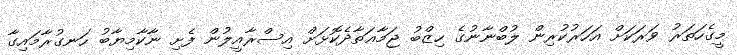
މީގެހަތަރު ވަރަކަށް އަހަރުކުރިން ލުބްނާނުގެ ހިޒްބު ޖަމާޢަތާދެކޮޅަށް އިސްރާއީލުން ފެށި ނާކާމިޔާބު ހަނގުރާމައިގާ